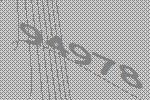
94978